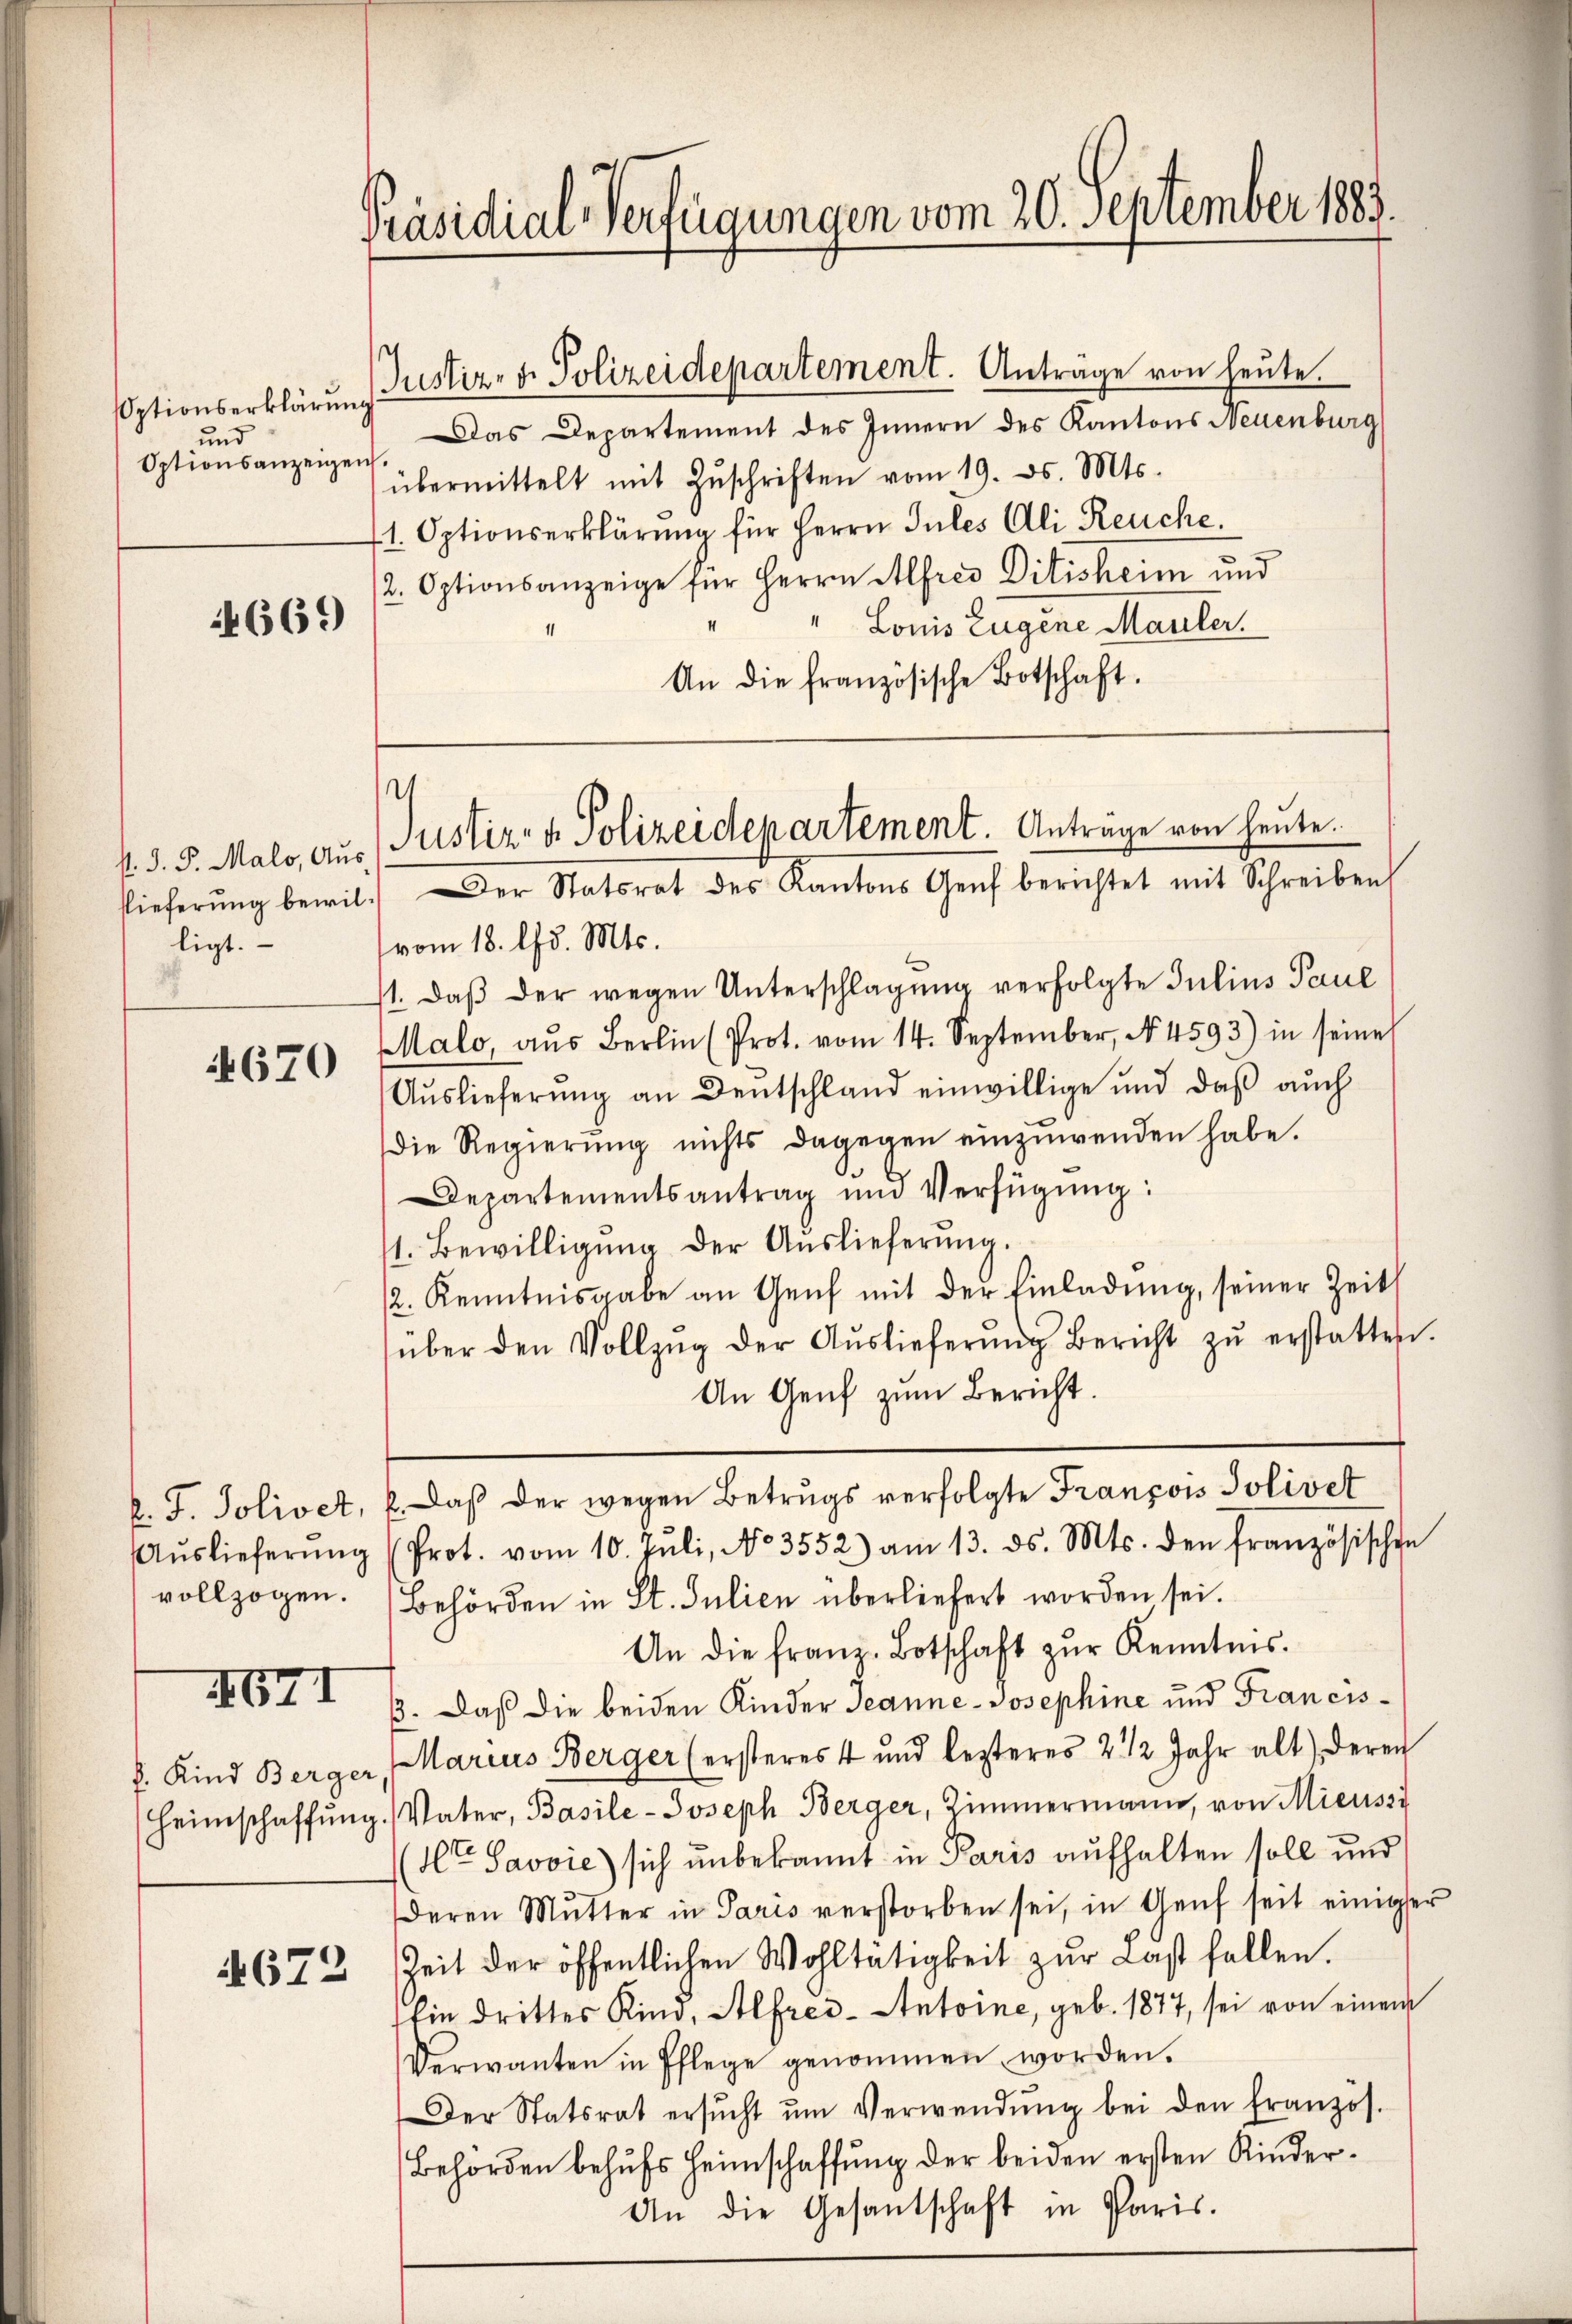
Optionserklärung
und
Optionsanzeigen.

4669

slieferung bewilligt.

670

k. J. Jolivet,
Auslieferung
vollzogen.

4671

8. Kind Berger

4672

Präsidial-Verfügungen vom 20. September 1883.

Justiz- & Polizeidepartement. Anträge von heute.
Das Departement des Innern des Kantons Neuenburg
übermittelt mit Zŭschriften vom 19. ds. Mts.
1. Optionserklärung für Herrn Jules Ali Reuche.
2. Optionsanzeige für Herrn Alfred Ditisheim und
" Louis Eugene Mauler.
An die französische Botschaft.

)
k. J. P. Malo, aus (Justiz- & Polizeidepartement. Anträge von heute.
Der Statsrat des Kantons Genf berichtet mit Schreiben

vom 18. d. Mts.
1. daβ der wegen Unterschlagung verfolgte Julius Paul
Malo, aŭs Bern Prot. vom 14. September, No. 4593) in seine
Auslieferung an Deutschland einwillige und daß auch
die Regierŭng nichts dagegen einzuwenden habe.
Departementsantrag und Verfügŭng:
1. Bewilligŭng der Aŭslieferŭng.
12. Kenntnisgabe an Genf mit der Einladung, seiner Zeit
über den Vollzŭg der Aŭslieferŭng Bericht zŭ erstatten.
An Genf zum Bericht.
l. Daß der wegen Betrugs verfolgte François Solivet
Prot. vom 10. Jŭli, No. 3552) am 13. ds. Mts. den französische
Behörden in St. Julien überliefert worden sei.
An die franz-Botschaft zŭr Kenntnis.
ß. Daß die beiden Kinder Jeanne-Josephine und Francis¬
Marius Berger (ersteres 4 und lezteres 2 1/2 Jahr alt) deren
Heimschaffŭng. Vater, Basile-Joseph Berger, Zimmermann, von Mieussi
t Savvie) sich unbekannt in Paris aufhalten soll und
deren Mutter in Paris verstorben sei, in Genf seit einiger
Zeit der öffentlichen Wohltätigkeit zŭr Last fallen.
Ein drittes Kind, Alfrei- Antoine, geb. 1877, sei von einem
Verwanten in Pflege genommen worden.
Der Statsrat ersŭcht ŭm Verwendŭng bei den Französ.
Behörden behufs Heimschaffung der beiden ersten Kinder¬
An die Gesantschaft in Paris.